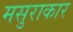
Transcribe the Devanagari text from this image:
मसुराकार